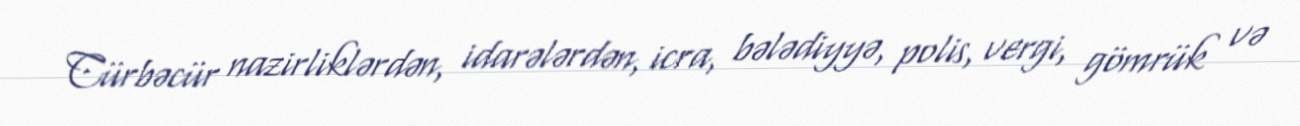
Cürbəcür nazirliklərdən, idarələrdən, icra, bələdiyyə, polis, vergi, gömrük və